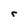
Character: r